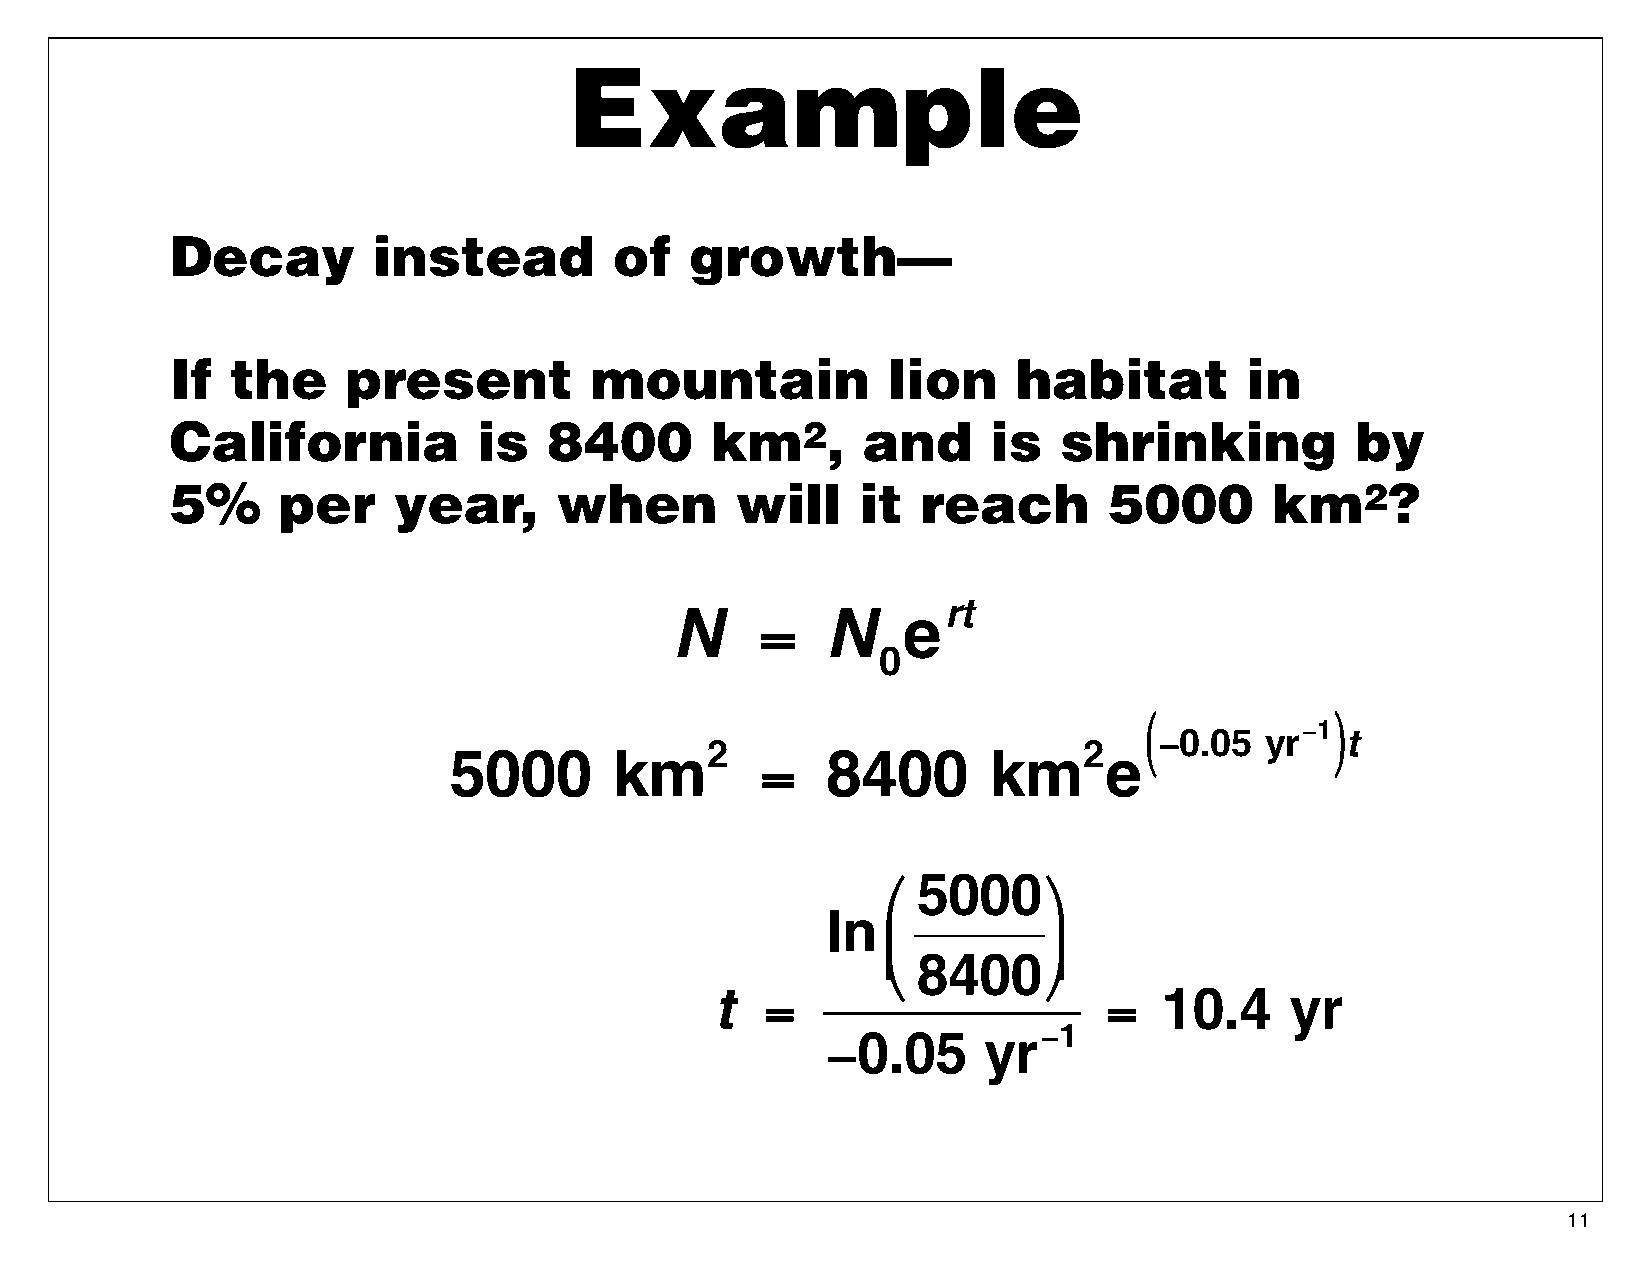
Example
 Decay         instead         of   growth—
 If  the     present         mountain            lion    habitat        in
 California           is  8400       km2,      and      is  shrinking           by
 5%     per     year,      when        will    it  reach       5000       km2?
 rt
 N     =    N    e
 0
 (         −1)
 −0.05  yr   t
 2                        2
 5000       km       =    8400      km      e
 5000
 ⎛         ⎞
 ln
 ⎜         ⎟
 ⎝ 8400⎠
 t   =                     =   10.4    yr
 −0.05
 yr−1
 11